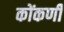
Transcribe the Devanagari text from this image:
कोंकणीं